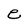
Character: e